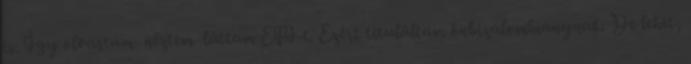
is. Így olvastam néztem láttam EFI-t. Ezért tituláltam önbizalomhiánynak. De lehet,